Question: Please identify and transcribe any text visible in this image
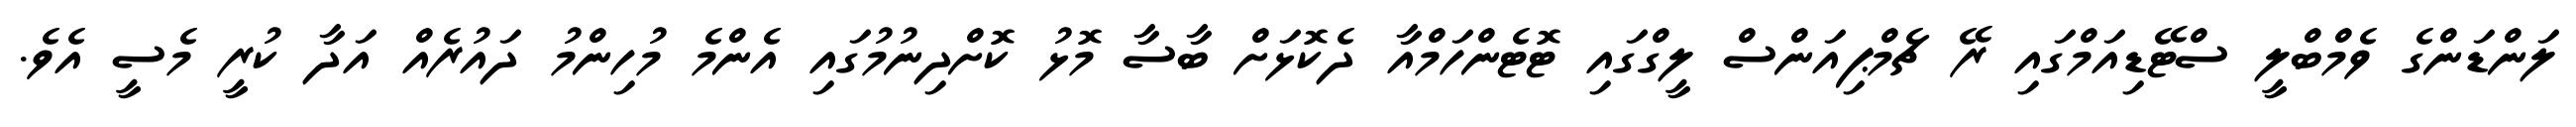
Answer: ލަންޑަންގެ ވެމްބްލީ ސްޓޭޑިއަމްގައި ރޭ ޗެމްޕިއަންސް ލީގްގައި ޓޮޓެންހަމްއާ ދެކޮޅަށް ބާސާ މޮޅު ކޮށްދިނުމުގައި އެންމެ މުހިންމު ދައުރެއް އަދާ ކުރީ މެސީ އެވެ.